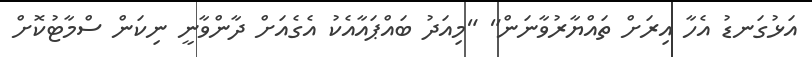
އަޅުގަނޑު އެހާ އިރަށް ތައްޔާރުވާނަން" "މިއަދު ބައްޕައާއެކު އެގެއަށް ދާންވާނީ ނިކަން ސްމާޓުކޮށް